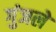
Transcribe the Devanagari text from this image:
गुंजले